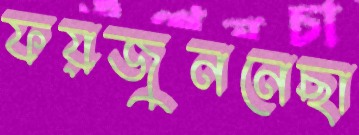
ফয়জুননেছা